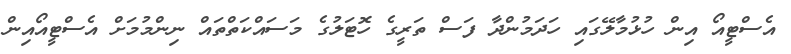
އެސްޓީއޯ އިން ހުޅުމާލޭގައި ހަދަމުންދާ ފަސް ތަރީގެ ހޮޓަލުގެ މަސައްކަތްތައް ނިންމުމަށް އެސްޓީއޯއިން